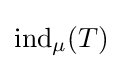
{\text{ind}}_{\mu }(T)